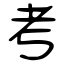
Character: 考